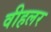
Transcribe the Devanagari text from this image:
वीहलर